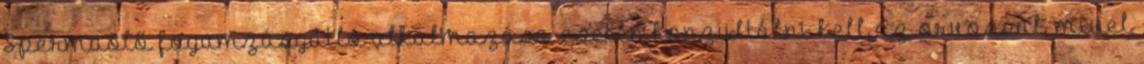
Spermaölő fogamzásgátló alkalmazása esetén konzultálni kell az orvossal, mivel